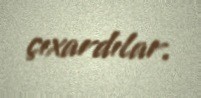
çıxardılar.